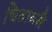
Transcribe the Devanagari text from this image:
चितावरी